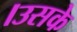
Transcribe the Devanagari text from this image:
।उसके